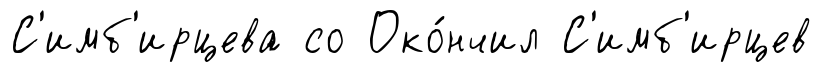
С'имб'ирцева со Око́нчил С'имб'ирцев